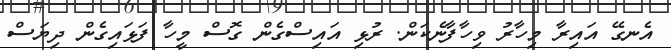
އެނގޭ އައިރާ މިހާރު ވިހާފާނެކަން. ރުޅި އައިސްގެން ގޮސް މީހާ ފަޅައިގެން ދިޔަސް